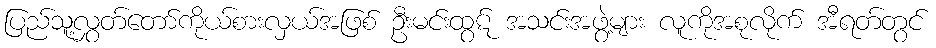
ပြည်သူ့လွှတ်တော်ကိုယ်စားလှယ်အဖြစ် ဦးမင်းထွဋ် အသင်းအဖွဲ့များ လူကိုအစုလိုက် အီရတ်တွင်